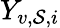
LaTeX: Y_{v,\mathcal{S},i}